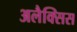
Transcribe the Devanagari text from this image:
अलैक्सिस